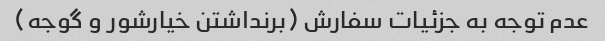
عدم توجه به جزئیات سفارش (برنداشتن خیارشور و گوجه)